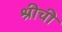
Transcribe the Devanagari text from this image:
श्रीची